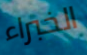
الخبراء